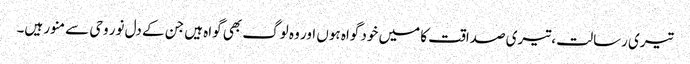
تیری رسالت ، تیری صداقت کا میں خود گواہ ہوں اور وہ لوگ بھی گواہ ہیں جن کے دل نور وحی سے منور ہیں۔